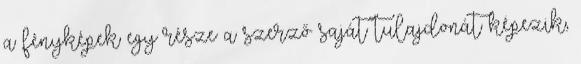
a fényképek egy része a szerző saját tulajdonát képezik,